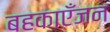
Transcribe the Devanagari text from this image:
बहकाएँजन